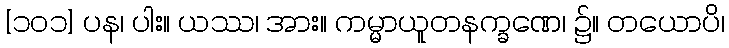
[၁၀၁] ပန၊ ပါး။ ယဿ၊ အား။ ကမ္မာယူတနက္ခဏေ၊ ၌။ တယောပိ၊